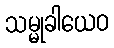
သမ္မုခါယေဝ